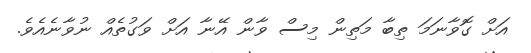
އަށް ގޮވާނަމަ ތިބާ މަތިން މިސް ވާން އޭނާ އަށް ވަގުތެއް ނުވާނެއެވެ.